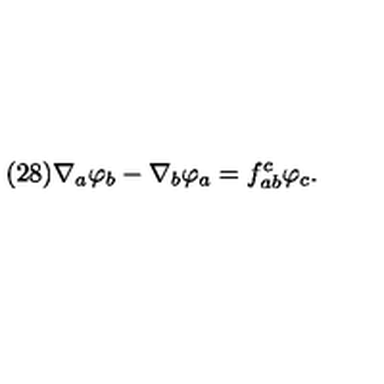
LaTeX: ( 2 8 ) \nabla _ { a } \varphi _ { b } - \nabla _ { b } \varphi _ { a } = f _ { a b } ^ { c } \varphi _ { c } .